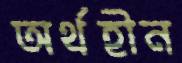
অর্থহীন